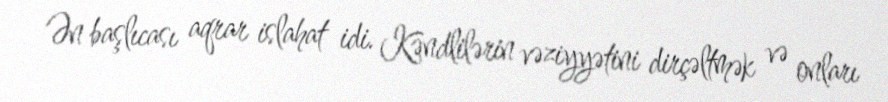
Ən başlıcası aqrar islahat idi. Kəndlilərin vəziyyətini dirçəltmək və onları